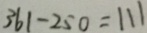
3 6 1 - 2 5 0 = 1 1 1